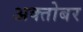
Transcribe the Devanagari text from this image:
अक्तोबर